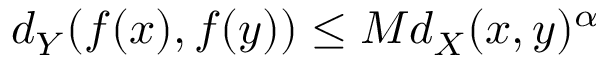
d _ { Y } ( f ( x ) , f ( y ) ) \leq M d _ { X } ( x , y ) ^ { \alpha }